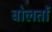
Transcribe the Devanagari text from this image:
बोलतों